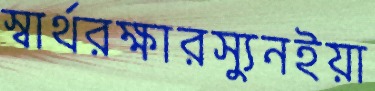
স্বার্থরক্ষারস্যুনইয়া